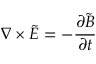
\nabla \times \tilde { E } = - \frac { \partial \tilde { B } } { \partial t }